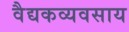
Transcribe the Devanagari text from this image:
वैद्यकव्यवसाय